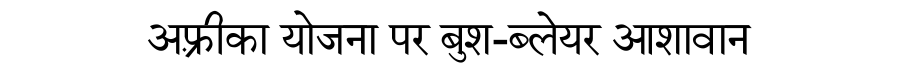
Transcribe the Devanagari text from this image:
अफ़्रीका योजना पर बुश-ब्लेयर आशावान